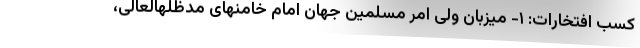
کسب افتخارات: ۱- میزبان ولی امر مسلمین جهان امام خامنهای مدظلهالعالی،